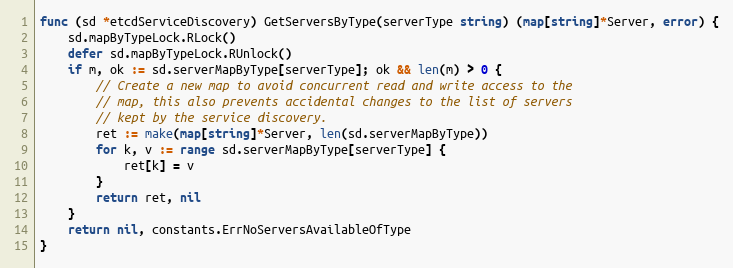
Language: Go
func (sd *etcdServiceDiscovery) GetServersByType(serverType string) (map[string]*Server, error) {
	sd.mapByTypeLock.RLock()
	defer sd.mapByTypeLock.RUnlock()
	if m, ok := sd.serverMapByType[serverType]; ok && len(m) > 0 {
		// Create a new map to avoid concurrent read and write access to the
		// map, this also prevents accidental changes to the list of servers
		// kept by the service discovery.
		ret := make(map[string]*Server, len(sd.serverMapByType))
		for k, v := range sd.serverMapByType[serverType] {
			ret[k] = v
		}
		return ret, nil
	}
	return nil, constants.ErrNoServersAvailableOfType
}